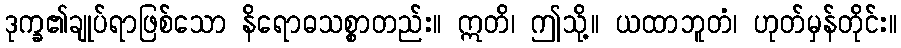
ဒုက္ခ၏ချုပ်ရာဖြစ်သော နိရောဓသစ္စာတည်း။ ဣတိ၊ ဤသို့။ ယထာဘူတံ၊ ဟုတ်မှန်တိုင်း။